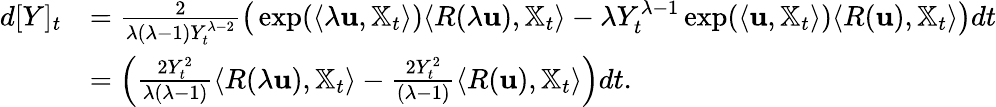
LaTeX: \begin{array}{rl}{d[Y]_{t}}&{=\frac 2{\lambda(\lambda-1)Y_{t}^{\lambda-2}}\big(\exp(\langle\lambda{\mathbf u},{\mathbb X}_{t}\rangle)\langle R(\lambda{\mathbf u}),{\mathbb X}_{t}\rangle-\lambda Y_{t}^{\lambda-1}\exp(\langle{\mathbf u},{\mathbb X}_{t}\rangle)\langle R({\mathbf u}),{\mathbb X}_{t}\rangle\big)dt}\\ &{=\left(\frac{2Y_{t}^{2}}{\lambda(\lambda-1)}\langle R(\lambda{\mathbf u}),{\mathbb X}_{t}\rangle-\frac{2Y_{t}^{2}}{(\lambda-1)}\langle R({\mathbf u}),{\mathbb X}_{t}\rangle\right)dt.}\end{array}